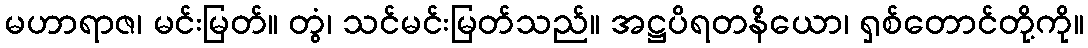
မဟာရာဇ၊ မင်းမြတ်။ တွံ၊ သင်မင်းမြတ်သည်။ အဋ္ဌပိရတနိယော၊ ရှစ်တောင်တို့ကို။